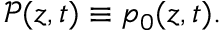
\mathcal { P } ( z , t ) \equiv p _ { 0 } ( z , t ) .